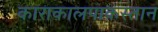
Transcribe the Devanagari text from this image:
काराकालपाकस्तान